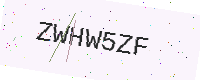
Text: ZWHW5ZF